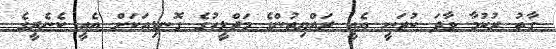
ގާތު ރުކުމާ ވާދަ ކުރަނީ އެއީ ރައްޔިތުންގެ މަޖްލީހުގެ ގޮނޑިއަކަށް އެއީ ކެނެރީގެ